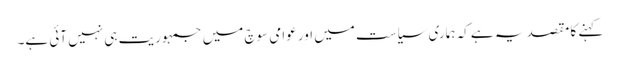
کہنے کا مقصد یہ ہے کہ ہماری سیاست میں اور عوامی سوچ میں جمہوریت ہی نہیں آئی ہے۔